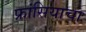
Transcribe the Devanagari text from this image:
फ्रांसियाचा